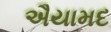
ઐયામદ